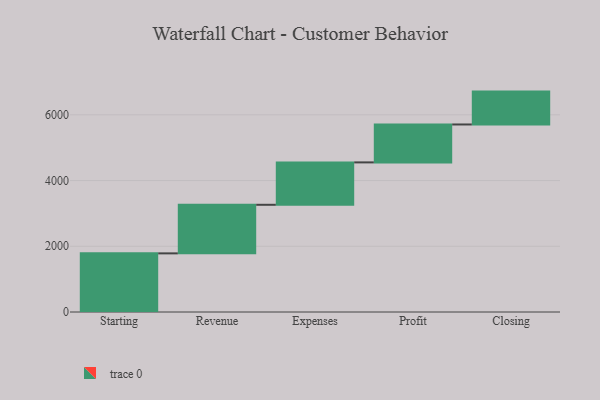
{"axis": {"x": "Step", "y": "Value"}, "legend": [""], "data": [{"x": "Starting", "y": 1784.0, "type": ""}, {"x": "Revenue", "y": 1478.0, "type": ""}, {"x": "Expenses", "y": 1290.0, "type": ""}, {"x": "Profit", "y": 1154.0, "type": ""}, {"x": "Closing", "y": 1000, "type": ""}]}